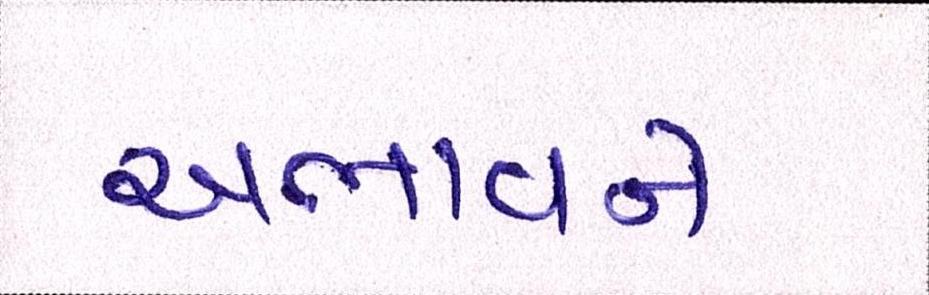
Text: અભાવને